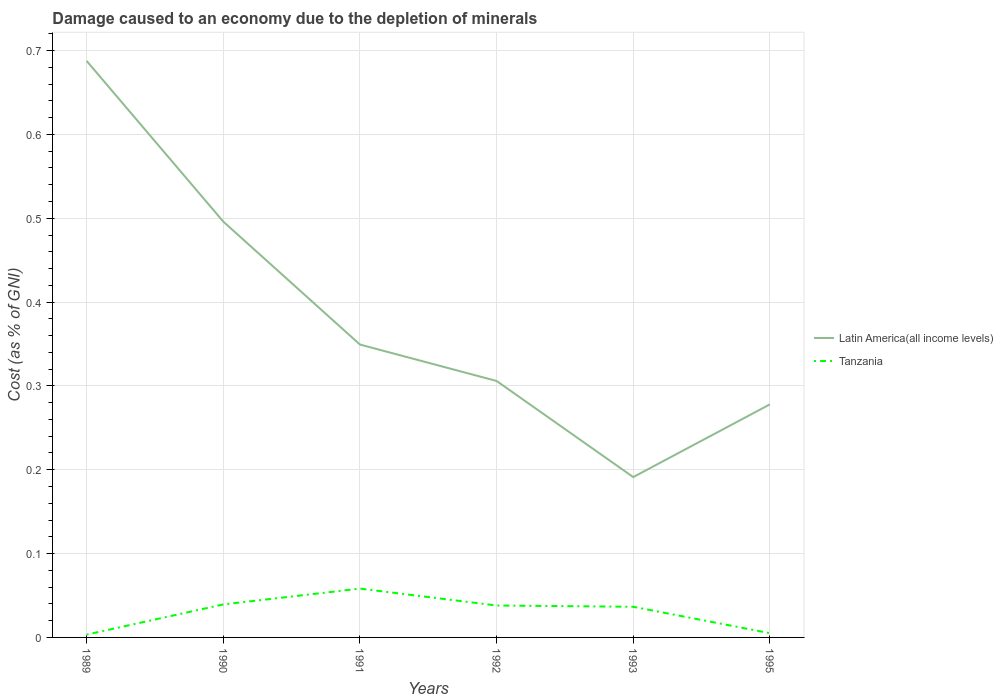
| Years | Latin America(all income levels) | Tanzania |
 | --- | --- | --- |
 | 1989 | 0.688 | 0.00337 |
 | 1990 | 0.496 | 0.0394 |
 | 1991 | 0.349 | 0.0582 |
 | 1992 | 0.306 | 0.0381 |
 | 1993 | 0.191 | 0.0366 |
 | 1995 | 0.278 | 0.00508 |